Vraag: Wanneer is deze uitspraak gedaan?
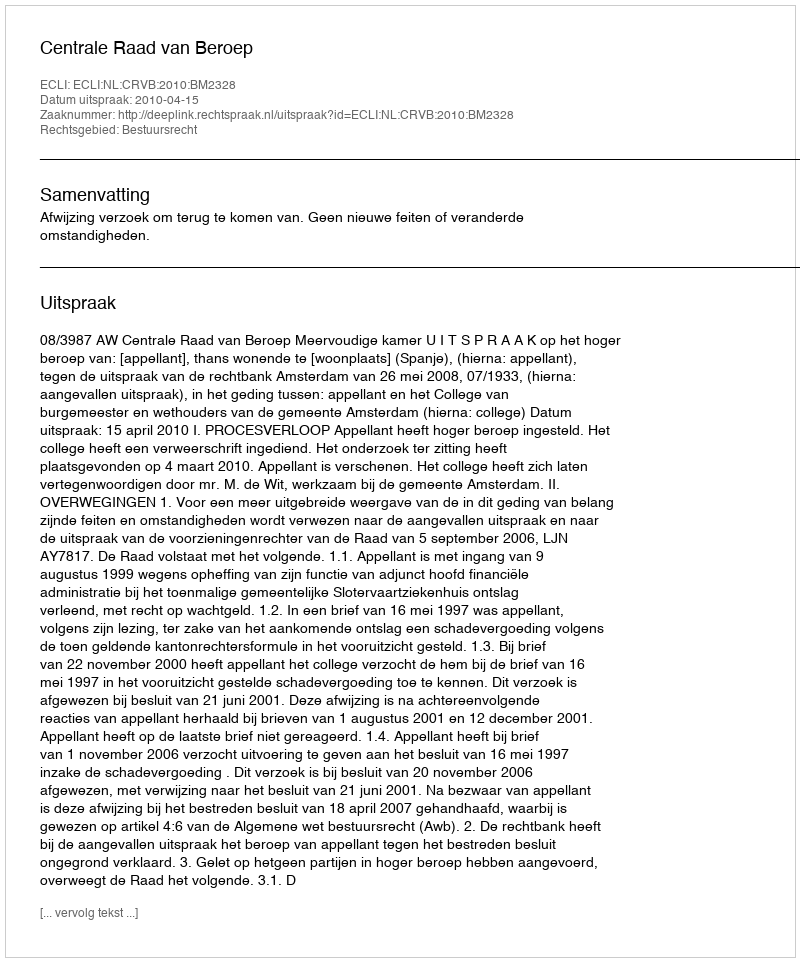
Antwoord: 2010-04-15